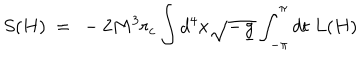
S ( H ) \ = \ - 2 M ^ { 3 } r _ { c } \int d ^ { 4 } x \sqrt { - \underline { { { g } } } } \int _ { - \pi } ^ { \pi } d t \ L ( H )